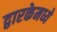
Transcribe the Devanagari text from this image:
द्वारकेमध्ये